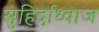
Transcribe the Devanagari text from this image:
सुहिर्दाध्वाज